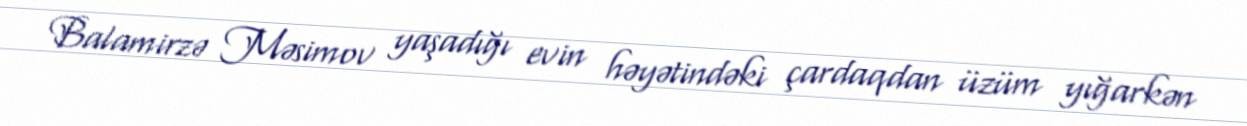
Balamirzə Məsimov yaşadığı evin həyətindəki çardaqdan üzüm yığarkən